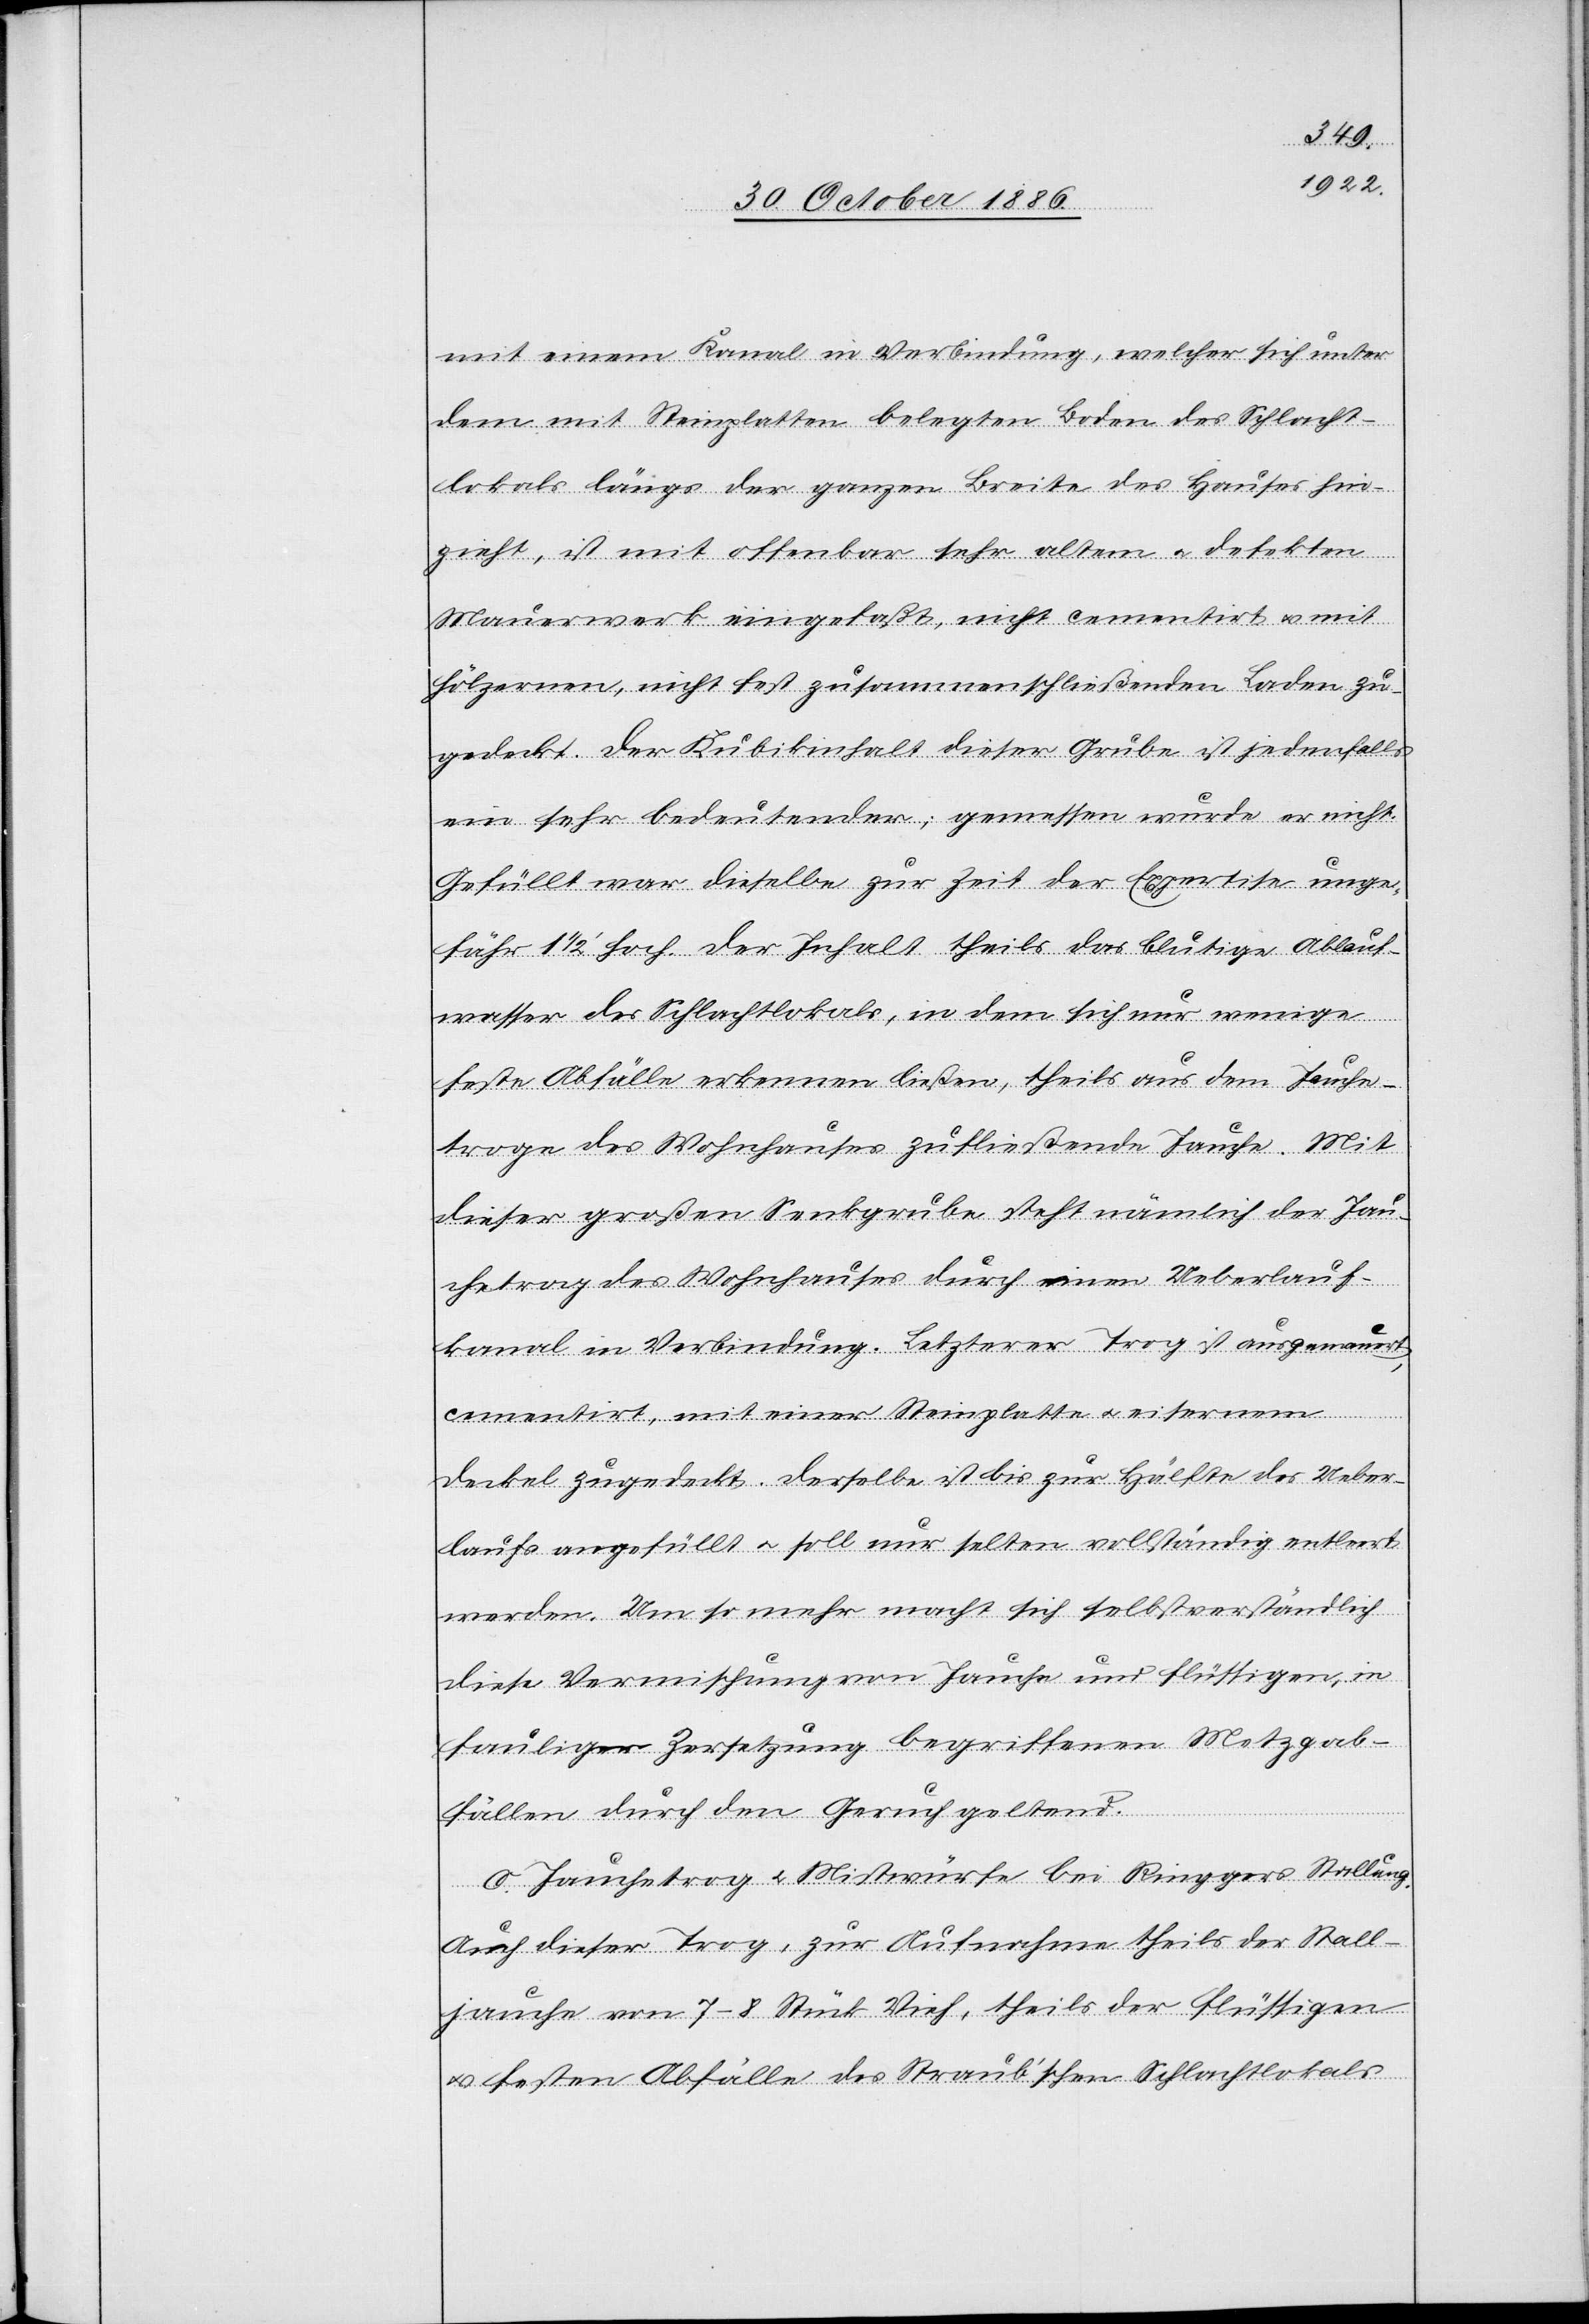
mit einem Kanal in Verbindung, welcher sich unter
dem mit Steinplatten belegten Boden des Schlacht¬
lokals längs der ganzen Breite des Hauses hin¬
zieht, ist mit offenbar sehr altem & defekten
Mauerwerk eingefaßt, nicht cementirt & mit
hölzernen, nicht fest zusammenschließenden Laden zu¬
gedeckt. Der Kubikinhalt dieser Grube ist jedenfalls
ein sehr bedeutender; gemessen wurde er nicht.
Gefüllt war dieselbe zur Zeit der Expertise unge¬
fähr 1 1/2‘ hoch. Der Inhalt theils das blutige Ablauf¬
wasser des Schlachtlokals, in dem sich nur wenige
feste Abfälle erkennen ließen, theils aus dem Jauche¬
troge des Wohnhauses zufließende Jauche. Mit
dieser großen Senkgrube steht nämlich der Jau¬
chetrog des Wohnhauses durch einen Ueberlauf¬
kanal in Verbindung. Letzterer Trog ist ausgemauert,
cementirt, mit einer Steinplatte & eisernem
Deckel zugedeckt. Derselbe ist bis zur Hälfte des Ueber¬
laufs angefüllt & soll nur selten vollständig entleert
werden. Um so mehr macht sich selbstverständlich
diese Vermischung von Jauche und flüssigen, in
fauliger Zersetzung begriffenen Metzgab¬
fällen durch den Geruch geltend.
c. Jauchetrog & Mistwürfe bei Ringgers Stallung.
Auch dieser Trog, zur Aufnahme theils der Stall¬
jauche von 7–8 Stück Vieh, theils der flüssigen
& festen Abfälle des Straub’schen Schlachtlokals